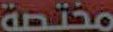
مختصة